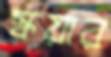
স্কয়ার